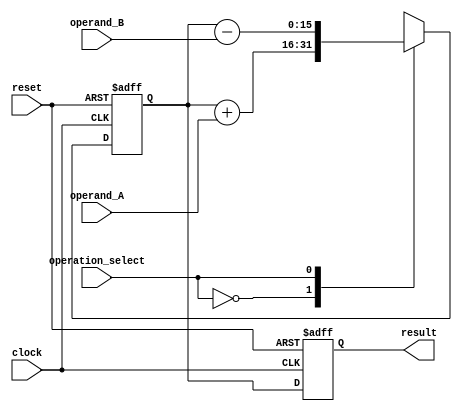
module accumulator(
  input wire clock,
  input wire reset,
  input wire [7:0] operand_A,
  input wire [7:0] operand_B,
  input wire operation_select,
  output reg [15:0] result
);

reg [15:0] accumulator_reg;

always @(posedge clock or posedge reset) begin
  if (reset) begin
    accumulator_reg <= 16'd0;
    result <= 16'd0;
  end else begin
    case(operation_select)
      2'b00: accumulator_reg <= accumulator_reg + operand_A; // Addition
      2'b01: accumulator_reg <= accumulator_reg - operand_B; // Subtraction
      2'b10: accumulator_reg <= accumulator_reg * operand_A; // Multiplication
      2'b11: begin // Division
        if (operand_B != 0)
          accumulator_reg <= accumulator_reg / operand_B;
      end
      default: accumulator_reg <= accumulator_reg; // No operation
    endcase
    result <= accumulator_reg;
  end
end

endmodule